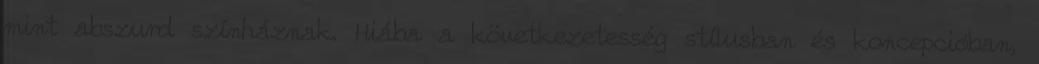
mint abszurd színháznak. Hiába a következetesség stílusban és koncepcióban,